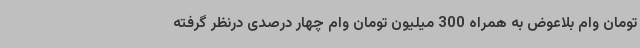
تومان وام بلاعوض به همراه 300 میلیون تومان وام چهار درصدی درنظر گرفته